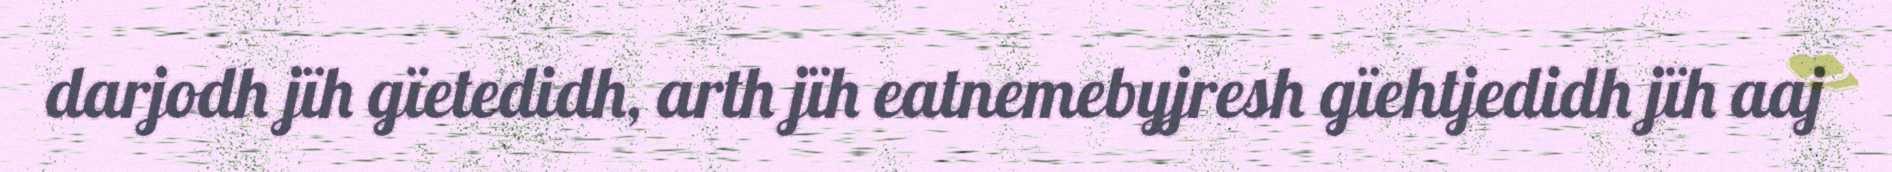
darjodh jïh gïetedidh, arth jïh eatnemebyjresh gïehtjedidh jïh aaj